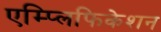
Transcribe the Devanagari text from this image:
एम्प्लिफिकेशन